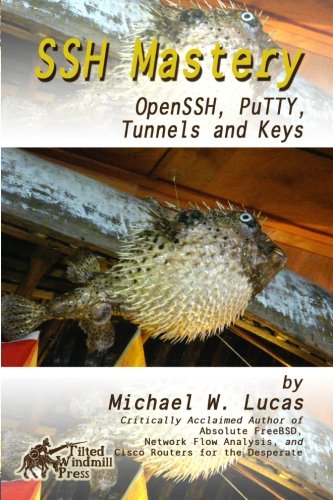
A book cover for SSH Mastery: OpenSSH, PuTTY, Tunnels and Keys; Michael W Lucas; Computers & Technology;